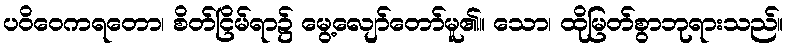
ပဝိဝေကရတော၊ စိတ်ငြိမ်ရာ၌ မွေ့လျော်တော်မူ၏။ သော၊ ထိုမြတ်စွာဘုရားသည်။